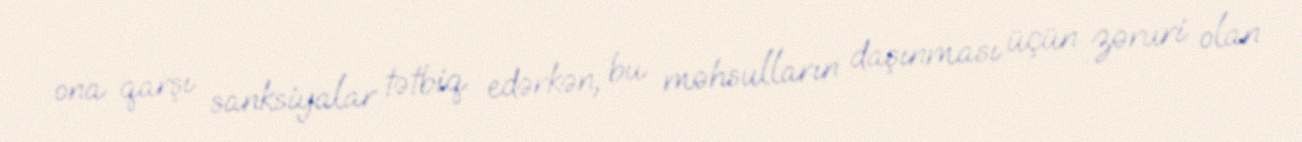
ona qarşı sanksiyalar tətbiq edərkən, bu məhsulların daşınması üçün zəruri olan